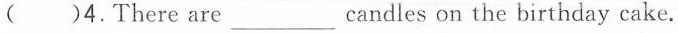
()4.There are ___ candles on the birthday cake.